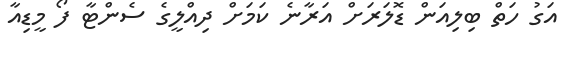
އަގު ހަތް ބިލިއަން ޑޮލަރަށް އަރާނެ ކަމަށް ދިއްލީގެ ސެންޓާ ފޯ މީޑިއާ